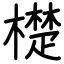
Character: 檚